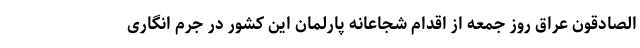
الصادقون عراق روز جمعه از اقدام شجاعانه پارلمان این کشور در جرم انگاری